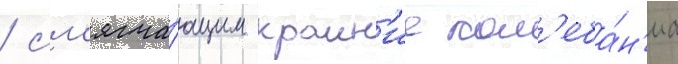
/ см'ягча́ющим краин'ие кол'еба́н'иа